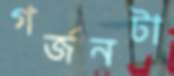
গর্জনটা